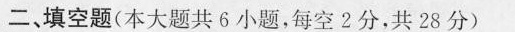
二填空题(本大题共6小题，每空2分，共28分)